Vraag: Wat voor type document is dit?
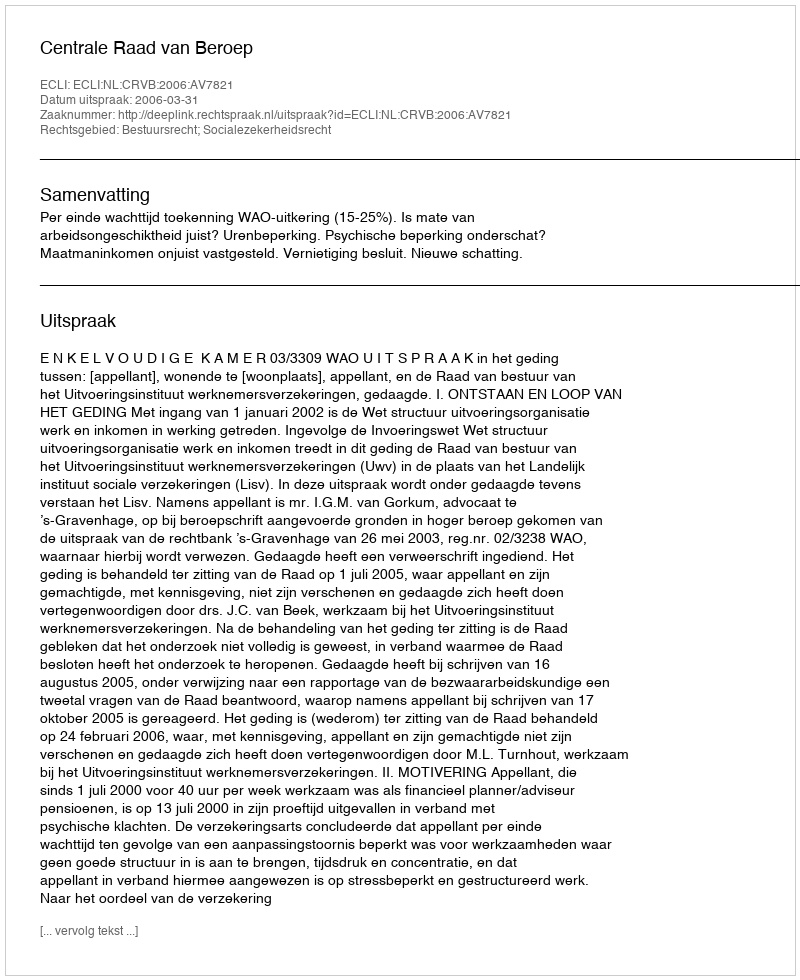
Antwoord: Uitspraak